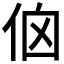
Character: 𠈈